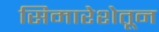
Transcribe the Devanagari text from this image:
सिमारेशेतून